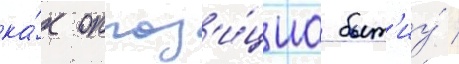
ка́к оппоз'и́циа быт'иу́ /